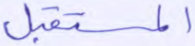
المستقبل